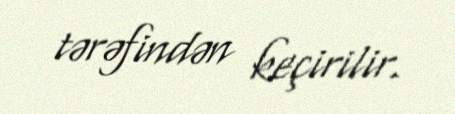
tərəfindən keçirilir.